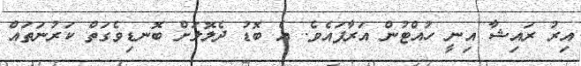
އިރު ރައިޝާ އިނީ ހުއްޓުން އަރާފައެވެ. އެ ބޮޑު ދެލޮލަށް ބޮނޑިވެގަތް ކަރުނަތައް